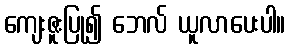
ကျေးဇူးပြု၍ ဘေလ် ယူလာပေးပါ။